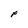
Character: F